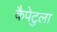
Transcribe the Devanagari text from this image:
कैपेटुला